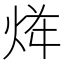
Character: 𱫏